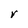
Character: r